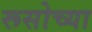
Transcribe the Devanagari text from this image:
रूसोच्या